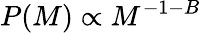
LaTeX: P(M)\propto M^{-1-B}